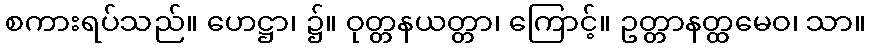
စကားရပ်သည်။ ဟေဋ္ဌာ၊ ၌။ ဝုတ္တနယတ္တာ၊ ကြောင့်။ ဥတ္တာနတ္ထမေဝ၊ သာ။